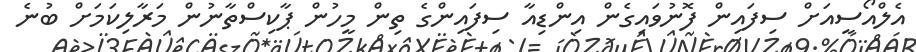
އެލްއޯސީއަށް ސިފައިން ފޮނުވައިގެން އިންޑިއާ ސިފައިންގެ ތިން މީހުން ޕާކިސްތާނުން މަރާލިކަމަށް ބުނެ